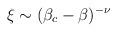
LaTeX: \begin{align*}\xi \sim(\beta_c-\beta)^{-\nu} \end{align*}